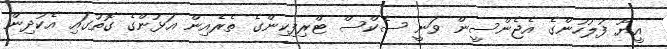
އީޔޫ ފުލުހުންގެ އެޖެންސީން ވަނީ ސެކްސް ޓްރިފިކިންގެ ތެރެއިން އަޅުންގެ ގޮތުގައި އެކުދިން